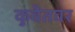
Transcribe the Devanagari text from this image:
कुवैतवर